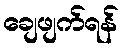
ချေဖျက်ရန်